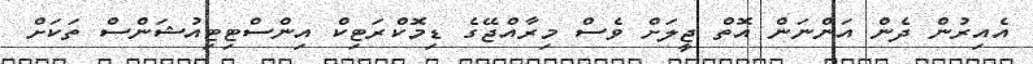
އެއިރުން ދެން އަންނަން އޮތް ޖީލަށް ވެސް މިރާއްޖޭގެ ޑިމޮކްރަޓިކް އިންސްޓިޓިއުޝަންސް ތަކަށް